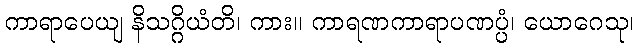
ကာရာပေယျ နိသဂ္ဂိယံတိ၊ ကား။ ကာရဏကာရာပဏပ္ပံ၊ ယောဂေသု၊